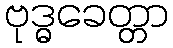
ဗုဒ္ဓခေတ္တာ